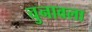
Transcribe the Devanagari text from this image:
चुनावला